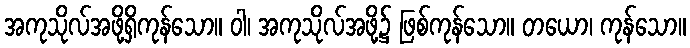
အကုသိုလ်အဖို့ရှိကုန်သော။ ဝါ၊ အကုသိုလ်အဖို့၌ ဖြစ်ကုန်သော။ တယော၊ ကုန်သော။